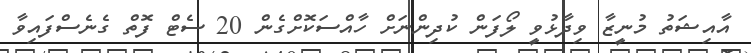
އާއިޝަތު މުނީޒާ ވިދާޅުވީ ލޯފަން ކުދިންނަށް ހާއްސަކޮށްގެން 20 ސެޓް ފޮތް ގެނެސްފައިވާ